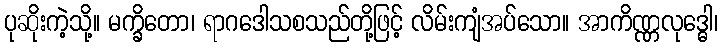
ပုဆိုးကဲ့သို့။ မက္ခိတော၊ ရာဂဒေါသစသည်တို့ဖြင့် လိမ်းကျံအပ်သော။ အာကိဏ္ဏလုဒ္ဓေါ၊